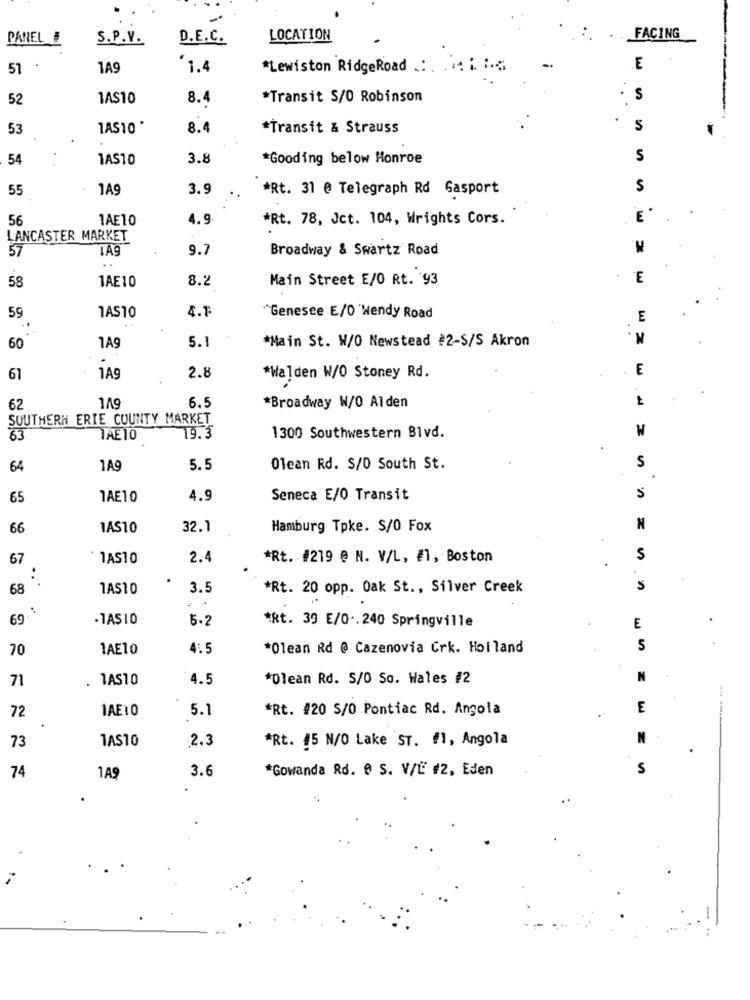
PANEL #
S.P. V.
D.E.C.
LOCATION
FACING
51
1A9
1.4
*Lewiston RidgeRoad .: .
E
52
1AS10
8.4
*Transit S/O Robinson
S
53
1AS10 *
8.4
*Transit & Strauss
5
54
1AS10
3.8
*Gooding below Honroe
S
55
1A9
3.9
*Rt. 31 @ Telegraph Rd Gasport
S
56
1AE10
4.9
*Rt. 78, Jct. 104, Wrights Cors.
E '
LANCASTER MARKET
57
9.7
Broadway & Swartz Road
58
1AE10
8.2
Main Street E/O Rt. 93
E
.
1AS10
59
4.F
"Genesee E/O 'Wendy Road
E
M.
..
*Main St. W/O Newstead #2-S/S Akron
60
1A9
5.1
E
61
1A9
2.8
*Walden W/O Stoney Rd.
119
62
6.5
*Broadway W/O Al den
SOUTHERN ERIE COUNTY MARKET
63
TAE10
19.3
1300 Southwestern Blvd.
64
1A9
5.5
Olean Rd. S/O South St.
S
65
1AE10
4.9
Seneca E/0 Transit
66
1AS10
32.1
Hamburg Tpke. $/0 Fox
N
67
1AS10
2.4
*Rt. #219 @ N. V/L, #1, Boston
S
.
68
1AS10
3.5
*Rt. 20 opp. Oak St ., Silver Creek
S
69
-1AS10
5.2
*Rt. 39 E/O .. 240 Springville
E
70
1AE10
4:5
*Olean Rd @ Cazenovia Crk. Holland
5
71
1AS10
4.5
*Dlean Rd. S/0 So. Wales #2
N
72
1AE1 0
5.1
*Rt. #20 S/O Pontiac Rd. Angola
E
1AS10
.2.3
*Rt. #5 N/O Lake ST. #1, Angola
N
73
3.6
*Gowanda Rd. 0 S. V/L #2, Eden
S
74
1A9